Annual vaccination report of Bihar and Orissa - 1911-1928
Year: 1911
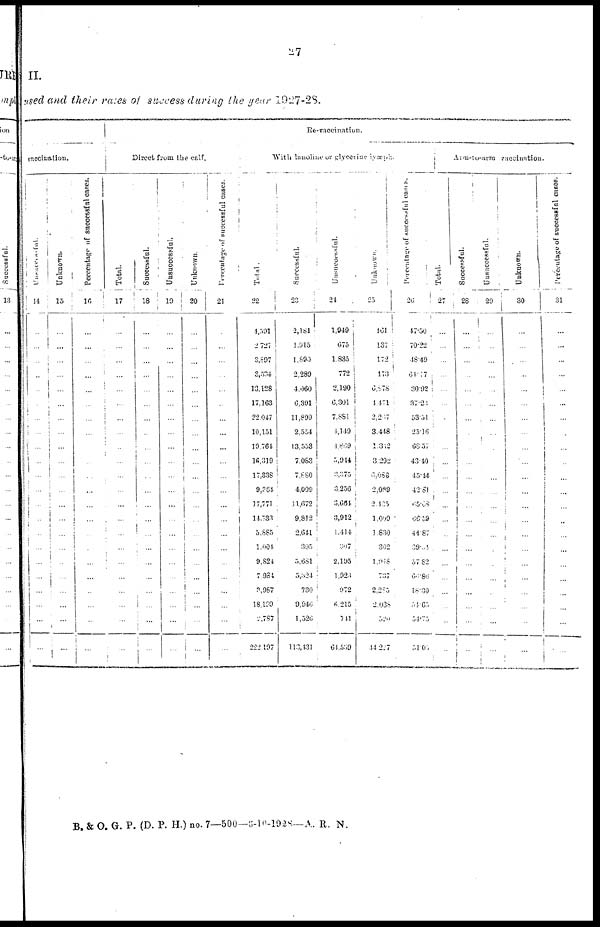
27
II.
used and their rates of success during the year 1927-28.
vaccination.
Unsuccessful.
14
...
...
...
...
...
...
...
...
...
...
...
...
...
...
...
...
...
...
...
...
...
...
Unknown.
15
...
...
...
...
...
...
...
...
...
...
...
...
...
...
...
...
...
...
...
...
...
...
Percentage of successful cases.
16
...
...
...
...
...
...
...
...
...
...
...
...
...
...
...
...
...
...
...
...
...
...
Re-vaccination.
Direct from the calf.
Total.
17
...
...
...
...
...
...
...
...
...
...
...
...
...
...
...
...
...
...
...
...
...
...
Successful.
18
...
...
...
...
...
...
...
...
...
...
...
...
...
...
...
...
...
...
...
...
...
...
Unsuccessful.
19
...
...
...
...
...
...
...
...
...
...
...
...
...
...
...
...
...
...
...
...
...
...
Unknown.
20
...
...
...
...
...
...
...
...
...
...
...
...
...
...
...
...
...
...
...
...
...
...
Percentage of successful cases.
21
...
...
...
...
...
...
...
...
...
...
...
...
...
...
...
...
...
...
...
...
...
...
With lanoline or glycerine lymph.
Total.
22
4,591
2,727
3,897
3,534
13,128
17,163
22,047
10,151
19,764
16,319
17,338
9,364
17,771
14,733
5,885
1,004
9,824
7,984
3,967
18.199
2,787
222 197
Successful.
23
2,181
1,915
1,890
2,289
4,060
6,391
11,899
2,554
13,553
7,083
7,880
4,009
11,672
9,812
2,641
395
5,681
5,324
730
9,946
1,526
113,431
Unsuccessful.
24
1,949
675
1,835
772
2,190
6,301
7,881
4,149
4,869
5,914
3,375
3,256
3,664
3,912
1,414
307
2,195
1,923
972
6,215
741
64,539
Unknown.
25
461
137
172
473
6,878
4,471
2,237
3,448
1,312
3,292
6,683
2,089
2,435
1,009
1,830
302
1,948
737
2,285
2,038
520
44,227
Percentage
of successful cases.
26
47.50
70.22
48.49
64.17
30.92
37.23
53.51
25.16
68.57
43.40
45.44
42.81
65.68
66.59
44.87
39.4
57.82
66.86
18.30
54.65
54.75
51.05
Arm-to-arm vaccination.
Total.
27
...
...
...
...
...
...
...
...
...
...
...
...
...
...
...
...
...
...
...
...
...
...
Successful.
28
...
...
...
...
...
...
...
...
...
...
...
...
...
...
...
...
...
...
...
...
...
...
Unsuccessful.
29
...
...
...
...
...
...
...
...
...
...
...
...
...
...
...
...
...
...
...
...
...
...
Unknown.
30
...
...
...
...
...
...
...
...
...
...
...
...
...
...
...
...
...
...
...
...
...
...
Percentage of successful cases.
31
...
...
...
...
...
...
...
...
...
...
...
...
...
...
...
...
...
...
...
...
...
...
B. & O. G. P. (D. P. H.) no. 7—500—6-10-1928—A. R. N.